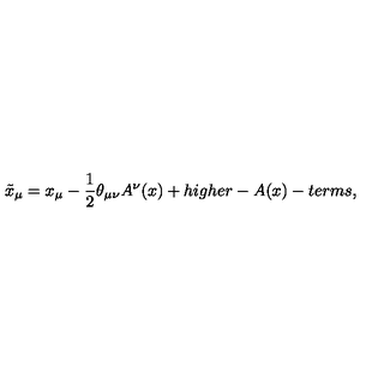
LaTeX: \tilde { x } _ { \mu } = x _ { \mu } - \frac { 1 } { 2 } \theta _ { \mu \nu } A ^ { \nu } ( x ) + h i g h e r - A ( x ) - t e r m s ,